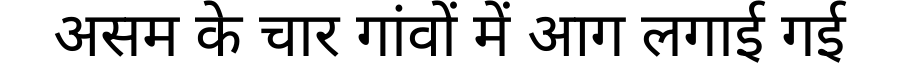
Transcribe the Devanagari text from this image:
असम के चार गांवों में आग लगाई गई